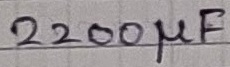
Text: 2200µF